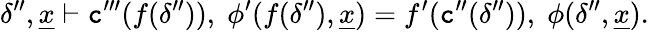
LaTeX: \delta^{\prime\prime},\underline{{x}}\vdash\textnormal{\texttt{c}}^{\prime\prime\prime}(f(\delta^{\prime\prime})),\; \phi^{\prime}(f(\delta^{\prime\prime}),\underline{{x}})=f^{\prime}(\textnormal{\texttt{c}}^{\prime\prime}(\delta^{\prime\prime})),\; \phi(\delta^{\prime\prime},\underline{{x}}).